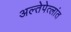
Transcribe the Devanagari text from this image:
अल्तेपेत्लांत